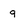
Character: 9